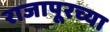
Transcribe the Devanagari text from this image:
राजापूरच्या